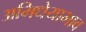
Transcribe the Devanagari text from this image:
अभिधेयाभाव